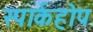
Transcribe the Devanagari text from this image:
स्पार्कहोप